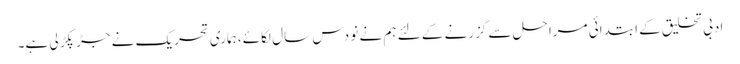
ادبی تخلیق کے ابتدائی مراحل سے گزرنے کے لئے ہم نے نو دس سال لگائے، ہماری تحریک نے جڑ پکڑ لی ہے۔